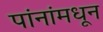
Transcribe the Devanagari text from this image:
पांनांमधून